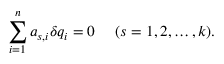
\sum _ { i = 1 } ^ { n } a _ { s , i } \delta q _ { i } = 0 ~ ~ ~ ~ ( s = 1 , 2 , \ldots , k ) .